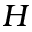
H